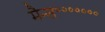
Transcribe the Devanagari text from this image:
मैन्स॰॰॰॰॰॰॰